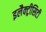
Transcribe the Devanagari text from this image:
इलैक्‍ट्रीसिटी